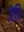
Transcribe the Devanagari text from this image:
रेति